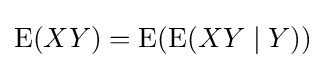
\operatorname {E} (XY)=\operatorname {E} (\operatorname {E} (XY\mid Y))